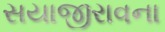
સયાજીરાવના